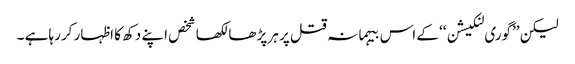
لیکن ’’گوری لنکیشن‘‘ کے اس بیہمانہ قتل پر ہر پڑھا لکھا شخص اپنے دکھ کا اظہار کررہا ہے ۔